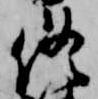
終